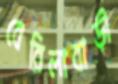
বেরিলাবাড়ী